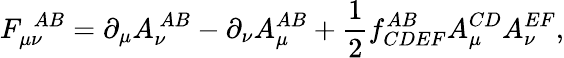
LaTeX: F_{\mu\nu}^{~~AB}=\partial_{\mu}A_{\nu}^{~AB}-\partial_{\nu}A_{\mu}^{AB}+\frac{1}{2}f_{CDEF}^{AB}A_{\mu}^{CD}A_{\nu}^{EF},